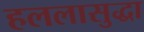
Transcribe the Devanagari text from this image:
हललासुद्धा